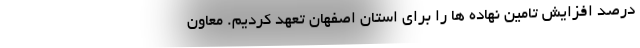
درصد افزایش تامین نهاده ها را برای استان اصفهان تعهد کردیم. معاون